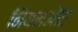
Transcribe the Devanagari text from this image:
नियमऔर